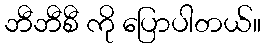
ဘီဘီစီ ကို ပြောပါတယ်။